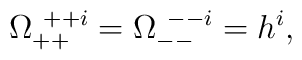
\Omega^{~++i}_{++} = \Omega^{~--i}_{--} = h^i ,